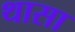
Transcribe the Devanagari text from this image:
थासा